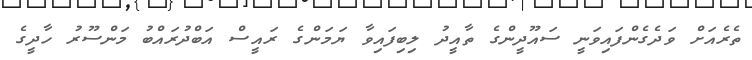
ތެރެއަށް ވަދެގެންފައިވަނީ ސައޫދީންގެ ތާއީދު ލިބިފައިވާ ޔަމަންގެ ރައީސް އަބްދުރައްބު މަންސޫރު ހާދީގެ